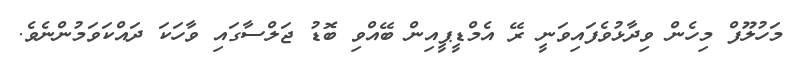
މަހުލޫފް މިހެން ވިދާޅުވެފައިވަނީ ރޭ އެމްޑީޕީއިން ބޭއްވި ބޮޑު ޖަލްސާގައި ވާހަކަ ދައްކަވަމުންނެވެ.